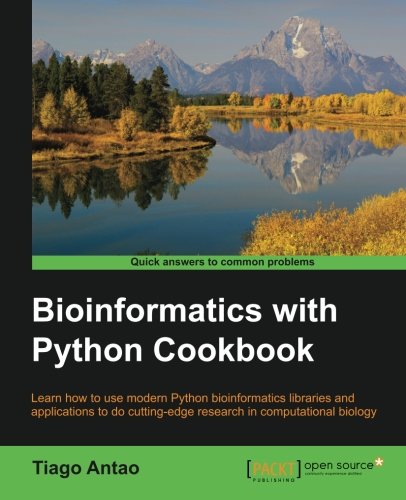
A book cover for Bioinformatics with Python Cookbook; Tiago Antao; Computers & Technology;